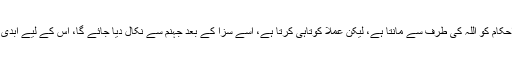
جو شخص ان احکام کو اللہ کی طرف سے مانتا ہے، لیکن عملاً کوتاہی کرتا ہے، اسے سزا کے بعد جہنم سے نکال دیا جائے گا، اس کے لیے ابدی جہنم نہیں ہے۔